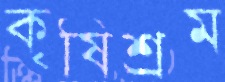
কৃষিশ্রম